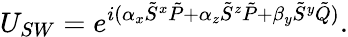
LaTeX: U_{SW}=e^{i(\alpha_{x}\tilde{S}^{x}\tilde{P}+\alpha_{z}\tilde{S}^{z}\tilde{P}+\beta_{y}\tilde{S}^{y}\tilde{Q})}.